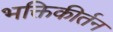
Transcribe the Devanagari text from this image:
भक्तिकीर्तन